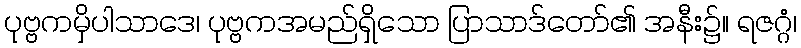
ပုဗ္ဗကမှိပါသာဒေ၊ ပုဗ္ဗကအမည်ရှိသော ပြာသာဒ်တော်၏ အနီး၌။ ရဇဂ္ဂံ၊